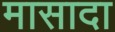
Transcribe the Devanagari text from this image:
मासादा